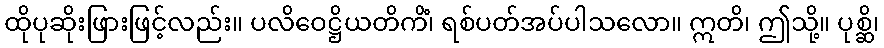
ထိုပုဆိုးဖြားဖြင့်လည်း။ ပလိဝေဋ္ဌိယတိကိံ၊ ရစ်ပတ်အပ်ပါသလော။ ဣတိ၊ ဤသို့။ ပုစ္ဆိ၊